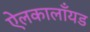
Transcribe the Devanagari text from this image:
ऐलकालाँयड